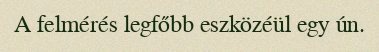
A felmérés legfőbb eszközéül egy ún.